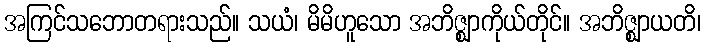
အကြင်သဘောတရားသည်။ သယံ၊ မိမိဟူသော အဘိဇ္ဈာကိုယ်တိုင်။ အဘိဇ္ဈာယတိ၊